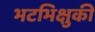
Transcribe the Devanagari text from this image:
भटभिक्षुकी